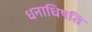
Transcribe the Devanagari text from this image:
धनाधिपति